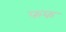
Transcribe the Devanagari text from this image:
फफ